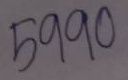
5990